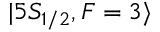
| 5 S _ { 1 / 2 } , F = 3 \rangle